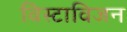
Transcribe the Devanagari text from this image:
विस्टाविजन